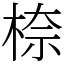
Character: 㮈